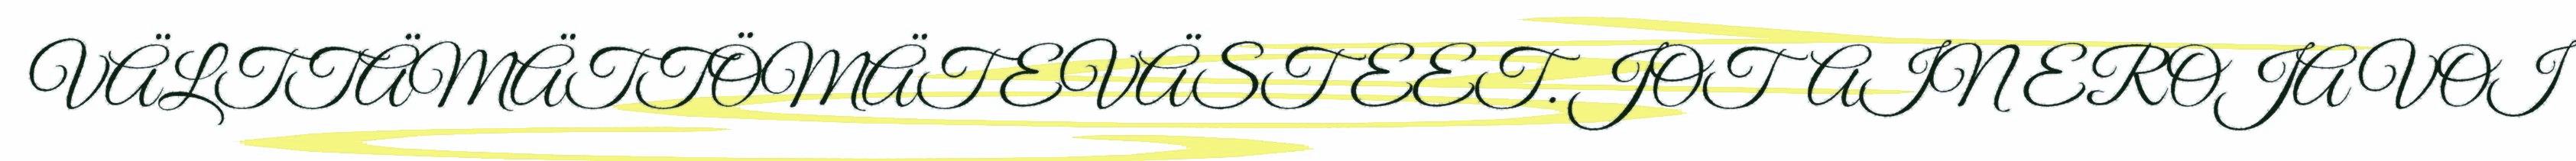
VÄLTTÄMÄTTÖMÄT EVÄSTEET. JOTAIN EROJA VOI